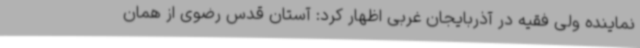
نماینده ولی فقیه در آذربایجان غربی اظهار کرد: آستان قدس رضوی از همان